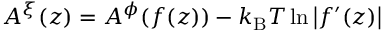
A ^ { \xi } ( z ) = A ^ { \phi } ( f ( z ) ) - k _ { \mathrm { B } } T \ln \left| f ^ { \prime } ( z ) \right|